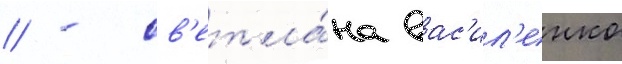
// - св'етла́на вас'ил'енко